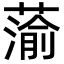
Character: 蕍